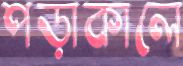
পড়াকালে